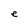
Character: e